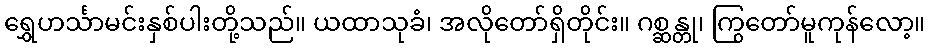
ရွှေဟင်္သာမင်းနှစ်ပါးတို့သည်။ ယထာသုခံ၊ အလိုတော်ရှိတိုင်း။ ဂစ္ဆန္တု၊ ကြွတော်မူကုန်လော့။